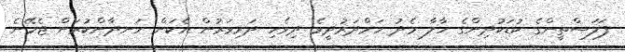
ފަލަސްތީންގެ ކުޑަކުދިންގެ ހާލާ މެދު ހަމްދަރުދީވެ ދިވެހި ދަރިވަރުން އެކަން ހަނދާންކުރަން ޖެހޭނެ